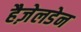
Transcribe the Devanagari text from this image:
हैज़ेलडेन